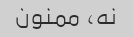
نه، ممنون